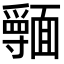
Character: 𩉃